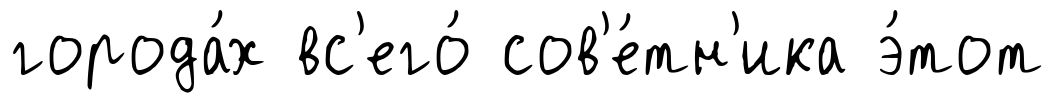
города́х вс'его́ сов'е́тн'ика э́тот